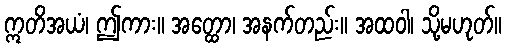
ဣတိအယံ၊ ဤကား။ အတ္ထော၊ အနက်တည်း။ အထဝါ၊ သို့မဟုတ်။